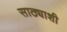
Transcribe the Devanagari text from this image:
साठ्याशी